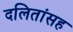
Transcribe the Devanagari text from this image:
दलितांसह